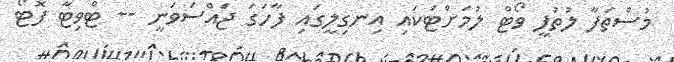
މުސްތަފާ ލުތުފީ ވޯޓް ލުމަށްޓަކައި އިނގިލީގައި ފާހަގަ ޖައްސަވަނީ -- ޓްވިޓާ ފޮޓޯ